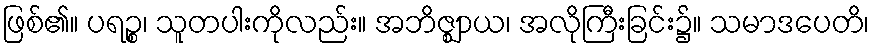
ဖြစ်၏။ ပရဉ္စ၊ သူတပါးကိုလည်း။ အဘိဇ္ဈာယ၊ အလိုကြီးခြင်း၌။ သမာဒပေတိ၊